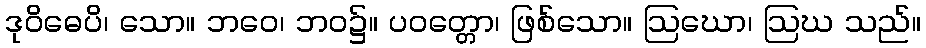
ဒုဝိဓေပိ၊ သော။ ဘဝေ၊ ဘဝ၌။ ပဝတ္တော၊ ဖြစ်သော။ ဩဃော၊ ဩဃ သည်။